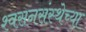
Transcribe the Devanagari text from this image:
श्वसनसंस्थेच्या